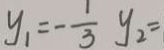
y _ { 1 } = - \frac { 1 } { 3 } y _ { 2 } =